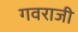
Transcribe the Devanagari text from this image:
गवराजी